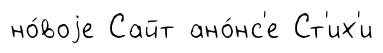
но́воjе Сайт ано́нс'е Ст'их'и